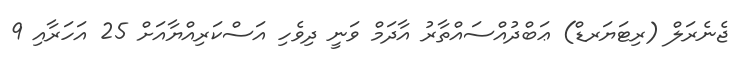
ޖެނެރަލް (ރިޓަޔަރޑް) ޢަބްދުއްސައްތާރު އާދަމް ވަނީ ދިވެހި އަސްކަރިއްޔާއަށް 25 އަހަރާއި 9